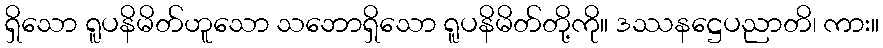
ရှိသော ရူပနိမိတ်ဟူသော သဘောရှိသော ရူပနိမိတ်တို့ကို။ ဒဿနဋ္ဌေပညာတိ၊ ကား။